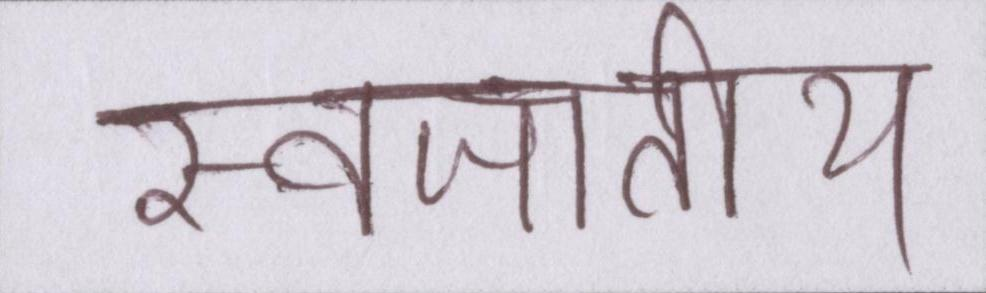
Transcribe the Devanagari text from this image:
स्वजातीय